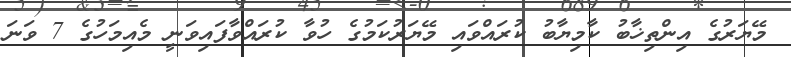
މޭޔަރުގެ އިންތިޚާބު ކާމިޔާބު ކުރައްވައި މޭޔަރުކަމުގެ ހުވާ ކުރައްވާފައިވަނީ މެއިމަހުގެ 7 ވަނަ